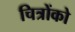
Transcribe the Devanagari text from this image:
चित्रोंको